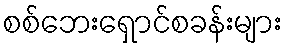
စစ်ဘေးရှောင်စခန်းများ